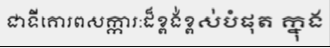
ជាទីគោរពសក្ការ:ដ៏ខ្ពង់ខ្ពស់បំផុត ក្នុង